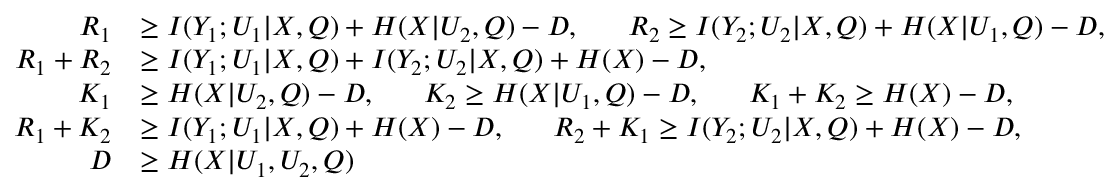
\begin{array} { r l } { R _ { 1 } } & { \ge I ( Y _ { 1 } ; U _ { 1 } | X , Q ) + H ( X | U _ { 2 } , Q ) - D , ~ ~ ~ ~ ~ R _ { 2 } \ge I ( Y _ { 2 } ; U _ { 2 } | X , Q ) + H ( X | U _ { 1 } , Q ) - D , } \\ { R _ { 1 } + R _ { 2 } } & { \ge I ( Y _ { 1 } ; U _ { 1 } | X , Q ) + I ( Y _ { 2 } ; U _ { 2 } | X , Q ) + { H ( X ) } - D , } \\ { K _ { 1 } } & { \ge H ( X | U _ { 2 } , Q ) - D , ~ ~ ~ ~ ~ K _ { 2 } \ge H ( X | U _ { 1 } , Q ) - D , ~ ~ ~ ~ ~ K _ { 1 } + K _ { 2 } \ge { H ( X ) } - D , } \\ { R _ { 1 } + K _ { 2 } } & { \ge I ( Y _ { 1 } ; U _ { 1 } | X , Q ) + { H ( X ) } - D , ~ ~ ~ ~ ~ R _ { 2 } + K _ { 1 } \ge I ( Y _ { 2 } ; U _ { 2 } | X , Q ) + { H ( X ) } - D , } \\ { D } & { \ge H ( X | U _ { 1 } , U _ { 2 } , Q ) } \end{array}